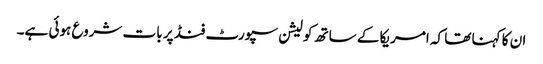
ان کا کہنا تھا کہ امریکا کے ساتھ کولیشن سپورٹ فنڈ پر بات شروع ہوئی ہے۔